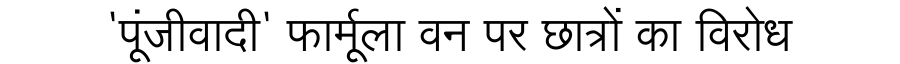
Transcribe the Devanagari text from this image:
'पूंजीवादी' फार्मूला वन पर छात्रों का विरोध